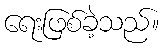
ရေးဖြစ်ခဲ့သည်။